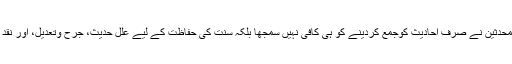
اور پھر اس کے بعد وضع حدیث کے اس فتہ کوروکنے کےلیے ائمہ محدثین نے صرف احادیث کوجمع کردینے کو ہی کافی نہیں سمجھا بلکہ سنت کی حفاظت کے لیے علل حدیث، جرح وتعدیل، اور نقد رجال کے قواعد اور معاییر قائم کئے ،اسانید کے درجات مقرر کئے ۔